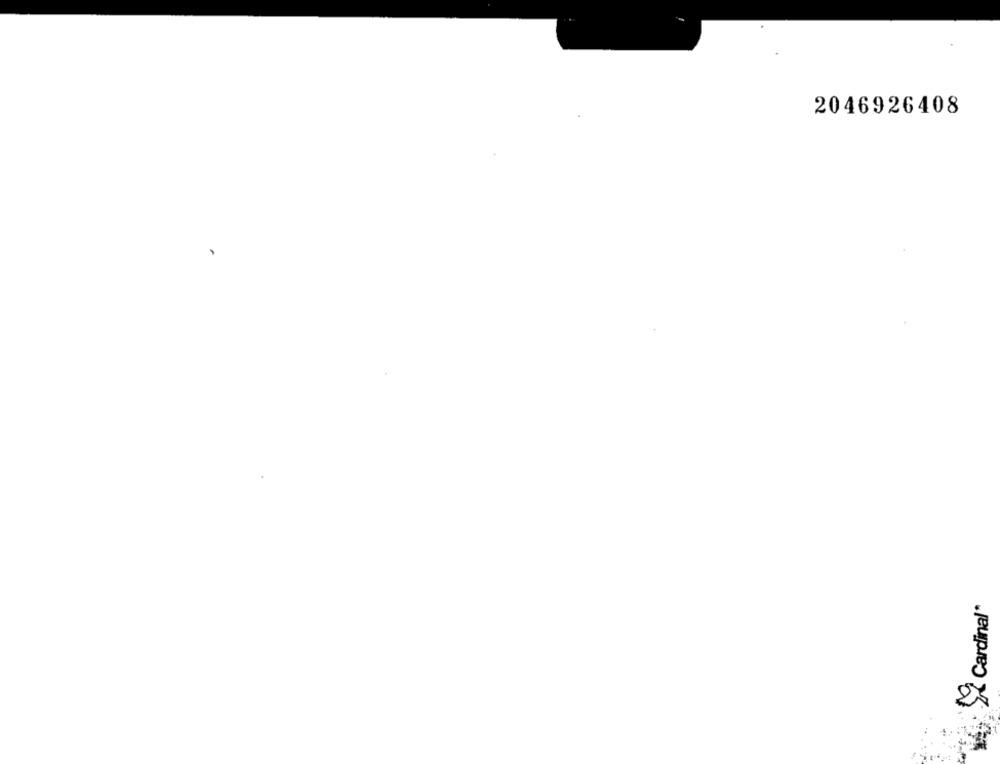
2046926408
Cardinal"